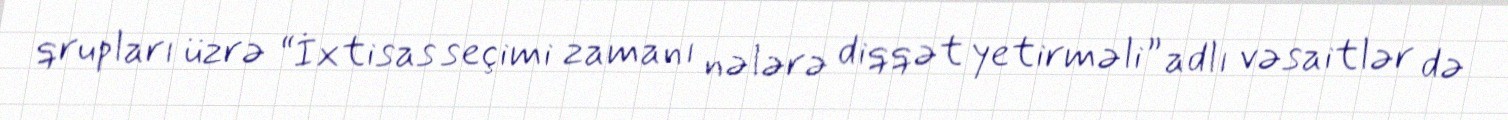
qrupları üzrə “İxtisas seçimi zamanı nələrə diqqət yetirməli” adlı vəsaitlər də